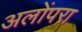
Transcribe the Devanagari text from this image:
अलोंपरा